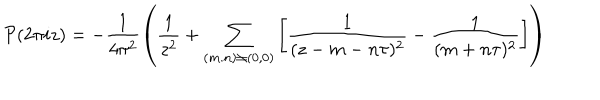
{ \cal P } ( 2 \pi i z ) = - \frac { 1 } { 4 \pi ^ { 2 } } \left( \frac { 1 } { z ^ { 2 } } + \sum _ { ( m . n ) \neq ( 0 , 0 ) } \left[ \frac { 1 } { ( z - m - n \tau ) ^ { 2 } } - \frac { 1 } { ( m + n \tau ) ^ { 2 } } \right] \right)